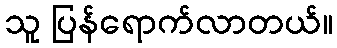
သူ ပြန်ရောက်လာတယ်။